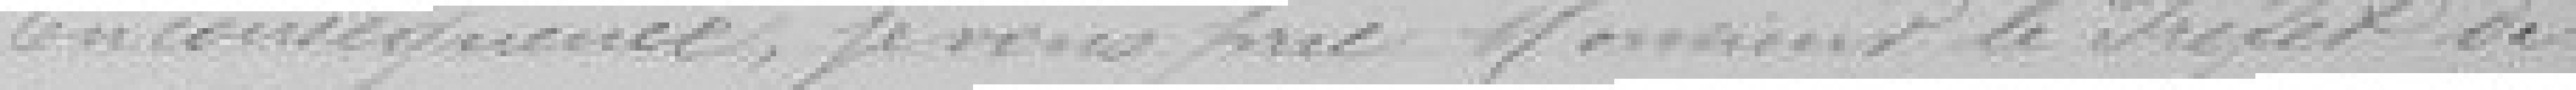
En conséquence, je vous prie, Monsieur le Président de